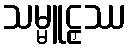
သမ္မူဠှဿ